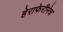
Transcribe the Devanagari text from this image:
हेराफेरीनेच